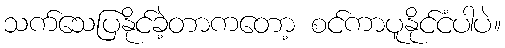
သက်သေပြနိုင်ခဲ့တာကတော့ စင်ကာပူနိုင်ငံပါပဲ။